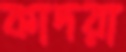
কাদরা